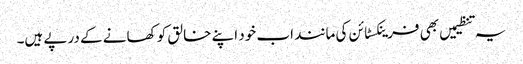
یہ تنظیمیں بھی فرینکسٹائن کی مانند اب خود اپنے خالق کو کھانے کے درپے ہیں۔